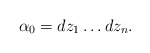
\begin{align*}\alpha_{0}= dz_{1}\dots dz_{n}. \end{align*}